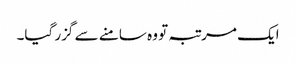
ایک مرتبہ تو وہ سامنے سے گزر گیا۔